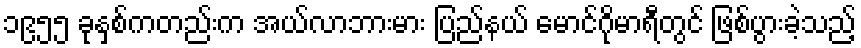
၁၉၅၅ ခုနှစ်ကတည်းက အယ်လာဘားမား ပြည်နယ် မောင်ဂိုမာရီတွင် ဖြစ်ပွားခဲ့သည့်